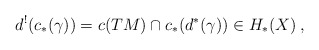
\begin{align*}d^!(c_*(\gamma)) = c(TM) \cap c_*(d^*(\gamma)) \in H_*(X)\:,\end{align*}